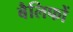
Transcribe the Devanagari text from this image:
बैलिफों